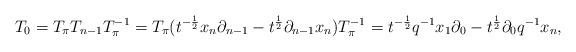
LaTeX: \begin{align*}T_0 &= T_\pi T_{n-1}T^{-1}_\pi = T_\pi (t^{-\frac12}x_n\partial_{n-1}-t^{\frac12}\partial_{n-1}x_n)T^{-1}_\pi= t^{-\frac12}q^{-1}x_1\partial_0-t^{\frac12}\partial_0 q^{-1}x_n,\end{align*}